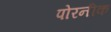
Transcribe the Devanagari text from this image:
पोरनीक